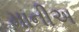
માનીઅ